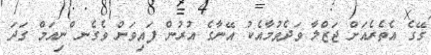
ގޭގެ އެތެރެއަށް ޖަޒްލާ ވަދެވުމާއެކު އޭނާގެ އުރުން ފައިވަން ވެގެނ ްނިއަމް ގަދަ